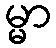
မ္မာ